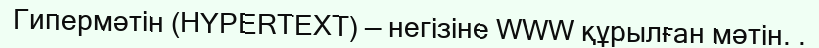
Гипермәтін (HYPERTEXT) — негізіне WWW құрылған мәтін. .